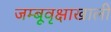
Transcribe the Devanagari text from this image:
जम्बूवृक्षाखाली